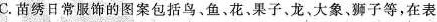
C苗绣日常服饰的图案包括鸟、鱼、花果子龙、大象、狮子等，在表